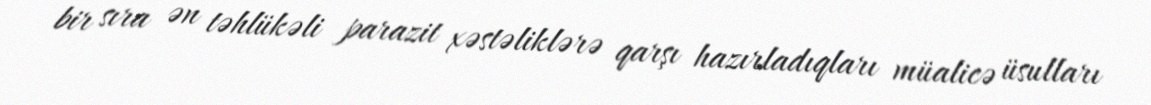
bir sıra ən təhlükəli parazit xəstəliklərə qarşı hazırladıqları müalicə üsulları